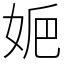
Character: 㛂